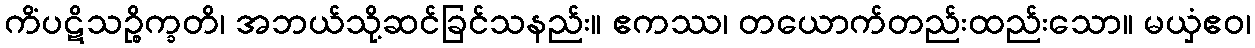
ကိံပဋိသဉ္စိက္ခတိ၊ အဘယ်သို့ဆင်ခြင်သနည်း။ ဧကဿ၊ တယောက်တည်းထည်းသော။ မယှံဧဝ၊